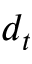
d _ { t }